Lunatic asylums Madras 1892-1911 - 1892-1911
Year: 1892
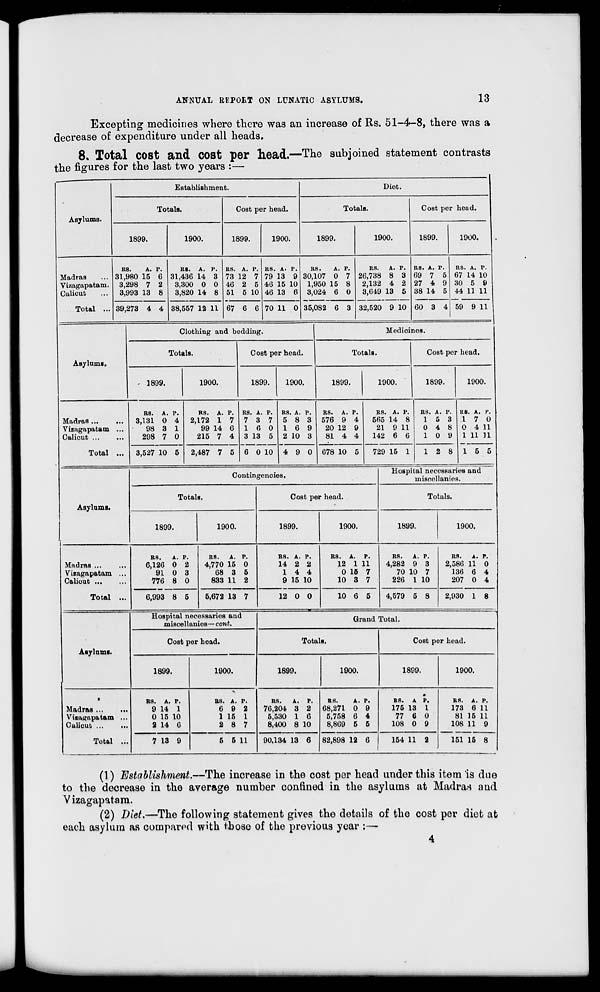
ANNUAL RKPOET ON LUNATIC ASYLUMS.
13
Excepting medicines where there was an increase of Rs. 51-4-8, there was a
decrease of expenditure under all heads.
8. Total COSt and COSt per liead.—The subjoined statement contrasts
the figures for the last two years :—
Asylums.
Establishment.
Totals.
1899.
1900.
Cost per head.
1899.
1900.
Diet.
Totals.
1899.
1900.
Cost per head.
1899.
1900.
Madras
Vizagapatam.
Calicut
Total ...
BS.
A.
31,980 15
3,298 7
3,993 13
p.
6
2
8
39,273 4 4
BS. A. P.
31,436 14 3
3,300 0 0
3,820 14 8
BS. A. P.
73 12 7
46 2 5
51 5 10
BS. A. P.
79 13 9
46 15 10
46 13 6
38,557 12 11 67 6 6 70 11 0
BS.
A.
30,107 0
1,950 15
3,024 6
p.
7
8
0
35,082 6 3
BS.
A. P.
26,738 8 3
2,132 4 2
3,649 13 5
ES. A. P.
69 7 5
27 4 9
38 14 5
32,520 9 10 60 3 4
RS. A. P.
67 14 10
30 5 9
44 11 11
59 9 11
Asylums.
Clothing and bedding.
Totals.
■ 1899.
1900.
Cost per head.
Medioines.
TotalB.
1899.
1900.
1899.
1900.
Cost per head.
1899.
1900.
Madras ...
Vizagapatam ..
Calicut ,..
Total ..
BS. A.
3,131 0
98 3
298 7
p.
4
1
0
3,527 10 5
RS. A. P.
2,172 1 7
99 14 6
215 7 4
BS. A. P.
7 3 7
16 0
3 13 5
6 0 10
RS. A. P.
5 8 3
16 9
2 10 3
2,487 7 5
4 9 0
BS. A.
576 9
20 12
81 4
p.
4
9
4
678 10 5
BS. A. P.
565 14 8
21 9 11
142 6 6
729 15 1
BS. A. P.
1 5 3
0 4 8
1 0 9
1 2 8
K8. A. P.
17 0
0 4 11
1 11 11
15 5
Asylums.
Contingencies.
Totals.
1899.
1900.
Cost per head.
1899.
1900.
Hospital necessaries and
miscellanies.
Totals.
1899.
1900.
Madras ...
Vizagapatam ...
Calicut ...
Total ...
BS.
A. P.
6,126 0 2
91 0 3
776 8 0
6,993 8 5
ES.
A. P.
4,770 15 0
68 3 5
833 11 2
RS. A. P.
14 2 2
14 4
9 15 10
5,672 13 7
12 0 0
BS. A. P.
12 1 11
0 15 7
10 3 7
10 6 5
ES.
A. P.
4,282 9 3
70 10 7
226 1 10
4,579 5 8
ES.
A. P.
2,586 11 0
136 6 4
207 0 4
2,930 1 8
Asylnmi.
Hospital necessaries and
miscellanies— cont.
Cost per head.
1899.
1900.
Grand Total.
Totals.
1899.
1900.
Cost per head.
1899.
1900.
Madras
Viuignpatam ...
Calicut ...
Total ...
BS. A. P.
9 14 1
0 15 10
2 14 6
7 13 9
BS. A. P.
6 9 2
1 15 1
2 8 7
5 5 11
RS.
A. F.
76,204 3 2
5,530 1 6
8,400 8 10
90,134 13 6
as.
A. p.
68,271 0 9
5,758 6 4
8,809 5 5
RS. A P.
175 13 1
77 6 0
108 0 9
82,898 12 6
154 11 2
RS. A. P.
173 6 11
81 15 11
108 11 9
151 15 8
(1) Establishment.—The increase in the cost per head under this item is due
to the decrease in the average number confined in the asylums at Madras and
Vizagapatam.
(2) Diet.—The following statement gives the details of the cost per diet at
each asylum as coinparod with those of the previous year :—-